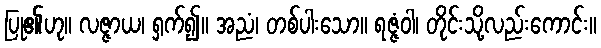
ပြု၏ဟု။ လဇ္ဇာယ၊ ရှက်၍။ အညံ၊ တစ်ပါးသော။ ရဇ္ဇံဝါ၊ တိုင်းသို့လည်းကောင်း။